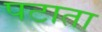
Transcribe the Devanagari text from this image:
पटाता